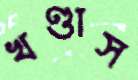
খণ্ডাস